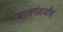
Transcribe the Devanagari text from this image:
बालगंधर्वांचं